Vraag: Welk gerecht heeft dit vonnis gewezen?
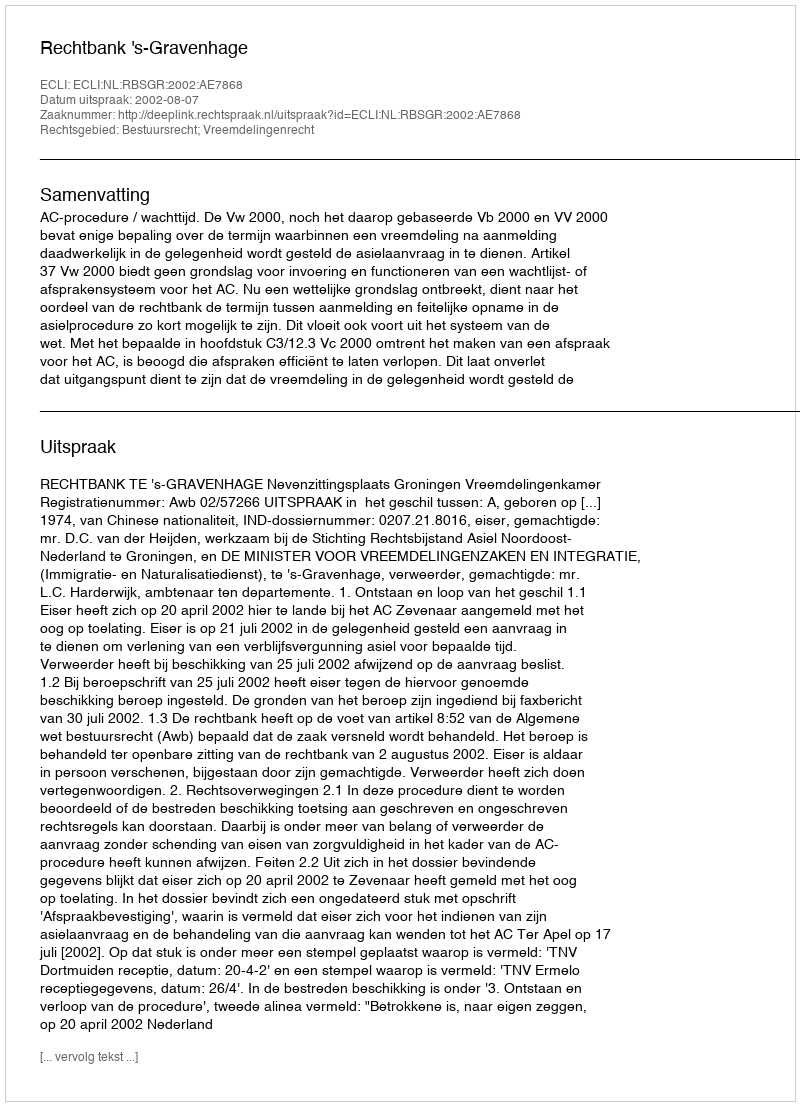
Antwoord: Rechtbank 's-Gravenhage